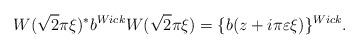
LaTeX: \begin{align*}W(\sqrt{2}\pi\xi)^{*}b^{Wick}W(\sqrt{2}\pi\xi)=\{ b ( z + i\pi\varepsilon\xi ) \}^{Wick}.\end{align*}